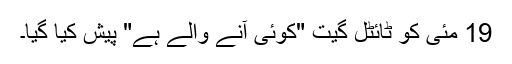
19 مئی کو ٹائٹل گیت "کوئی آنے والے ہے" پیش کیا گیا۔